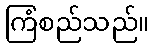
ကြံစည်သည်။